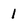
Character: 1